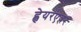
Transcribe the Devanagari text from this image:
ह्वेयरएवर